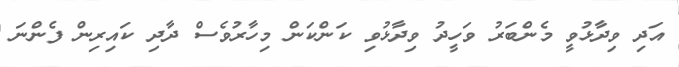
އަދި ވިދާޅުވީ މެންބަރު ވަހީދު ވިދާޅުވި ކަންކަން މިހާރުވެސް ދާދި ކައިރިން ފެންނަ